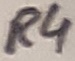
Text: R4